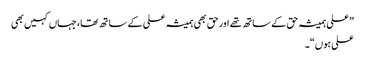
”علی ہمیشہ حق کے ساتھ تھے اور حق بھی ہمیشہ علی کے ساتھ تھا، جہاں کہیں بھی
علی ہوں“۔